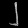
Digit: ၂